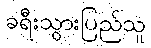
ခရီးသွားပြည်သူ